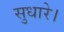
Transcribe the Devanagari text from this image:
सुधारे।